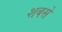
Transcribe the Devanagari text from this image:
शबसे